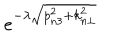
e ^ { - \lambda \sqrt { p _ { n 3 } ^ { 2 } + k _ { n \bot } ^ { 2 } } }